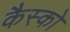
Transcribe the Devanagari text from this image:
कैस्को